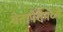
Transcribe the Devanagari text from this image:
चेतापेशेमध्ये